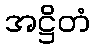
အဋ္ဌိတံ